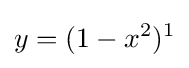
y=(1-x^{2})^{1}